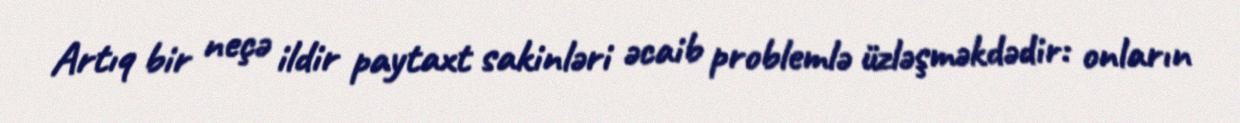
Artıq bir neçə ildir paytaxt sakinləri əcaib problemlə üzləşməkdədir: onların